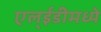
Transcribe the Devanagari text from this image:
एल्ईडीमध्ये